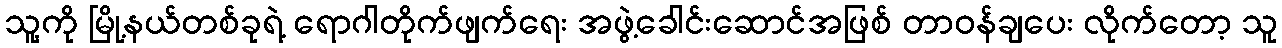
သူ့ကို မြို့နယ်တစ်ခုရဲ့ ရောဂါတိုက်ဖျက်ရေး အဖွဲ့ခေါင်းဆောင်အဖြစ် တာဝန်ချပေး လိုက်တော့ သူ